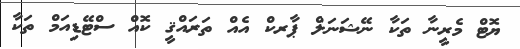
ޔޮޓް މެރީނާ ތަކާ ނޭޝަނަލް ޕާރކް އެއް ތަރައްޤީ ކޮއް ސްޓޭޑިއަމް ތަކާ